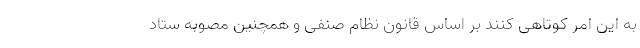
به این امر کوتاهی کنند بر اساس قانون نظام صنفی و همچنین مصوبه ستاد